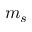
m _ { s }